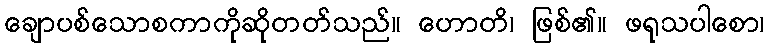
ချောပစ်သောစကာကိုဆိုတတ်သည်။ ဟောတိ၊ ဖြစ်၏။ ဖရုသပါစော၊